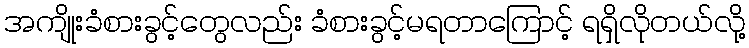
အကျိုးခံစားခွင့်တွေလည်း ခံစားခွင့်မရတာကြောင့် ရရှိလိုတယ်လို့